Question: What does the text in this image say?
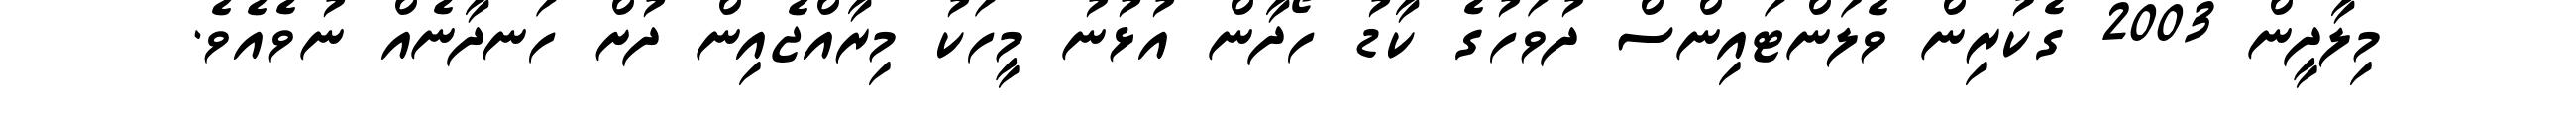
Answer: މިލާދީން 2003 ގެކުރިން ވެލަންޓައިންސް ދުވަހުގެ ކާޑު ހޯދާން އުޅުނު މީހަކު މިރާއްޖެއިން ދުށް ހަނދާނެއް ނުވެއެވެ.